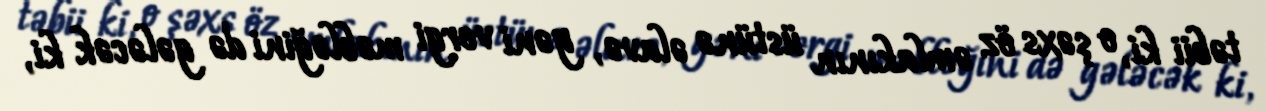
təbii ki, o şəxs öz əmlakının üstünə əlavə, yəni vergi məbləğini də gələcək ki,